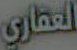
العقاري